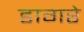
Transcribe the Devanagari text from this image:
डागरे